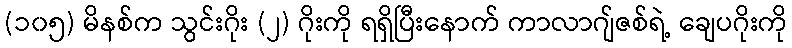
(၁၀၅) မိနစ်က သွင်းဂိုး (၂) ဂိုးကို ရရှိပြီးနောက် ကာလာဂျ်ဇစ်ရဲ့ ချေပဂိုးကို